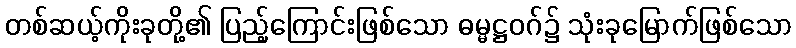
တစ်ဆယ့်ကိုးခုတို့၏ ပြည့်ကြောင်းဖြစ်သော ဓမ္မဋ္ဌဝဂ်၌ သုံးခုမြောက်ဖြစ်သော